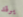
يرقد